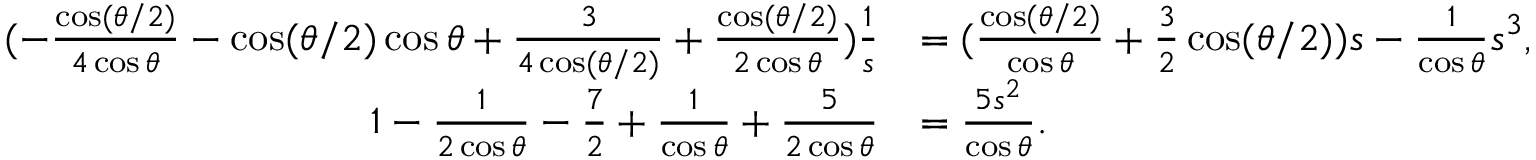
\begin{array} { r l } { ( - \frac { \cos ( { \theta } / { 2 } ) } { 4 \cos \theta } - \cos ( { \theta } / { 2 } ) \cos \theta + \frac { 3 } { 4 \cos ( { \theta } / { 2 } ) } + \frac { \cos ( { \theta } / { 2 } ) } { 2 \cos \theta } ) \frac { 1 } { s } } & { = ( \frac { \cos ( { \theta } / { 2 } ) } { \cos \theta } + \frac { 3 } { 2 } \cos ( { \theta } / { 2 } ) ) s - \frac { 1 } { \cos \theta } s ^ { 3 } , } \\ { 1 - \frac { 1 } { 2 \cos \theta } - \frac { 7 } { 2 } + \frac { 1 } { \cos \theta } + \frac { 5 } { 2 \cos \theta } } & { = \frac { 5 s ^ { 2 } } { \cos \theta } . } \end{array}